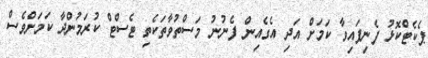
ޕެކެޓްކޮޅު ފެނިފައިވާ ކަމަށް އަދި އެގެއިން ފެނުނު މަސްތުވާތަކެތި ޓެސްޓް ކުރަމުންދާ ކަމަށްވެސް